Indian journal of veterinary science and animal husbandry - Volume 11,
Year: 1941
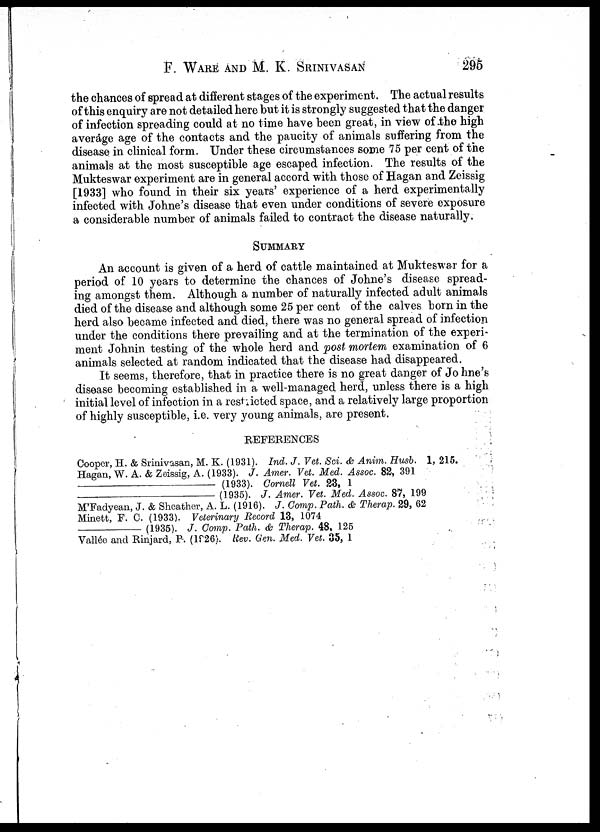
F. WARE AND M. K. SRINIVASAN 295
the chances of spread at different stages of the experiment. The actual results
of this enquiry are not detailed here but it is strongly suggested that the danger
of infection spreading could at no time have been great, in view of the high
average age of the contacts and the paucity of animals suffering from the
disease in clinical form. Under these circumstances some 75 per cent of the
animals at the most susceptible age escaped infection. The results of the
Mukteswar experiment are in general accord with those of Hagan and Zeissig
[1933] who found in their six years' experience of a herd experimentally
infected with Johne's disease that even under conditions of severe exposure
a considerable number of animals failed to contract the disease naturally.
SUMMARY
An account is given of a herd of cattle maintained at Mukteswar for a
period of 10 years to determine the chances of Johne's disease spread-
ing amongst them. Although a number of naturally infected adult animals
died of the disease and although some 25 per cent of the calves born in the
herd also became infected and died, there was no general spread of infection
under the conditions there prevailing and at the termination of the experi¬
ment Johnin testing of the whole herd and post mortem examination of 6
animals selected at random indicated that the disease had disappeared.
It seems, therefore, that in practice there is no great danger of Johne's
disease becoming established in a well-managed herd, unless there is a high
initial level of infection in a restricted space, and a relatively large proportion
of highly susceptible, i.e. very young animals, are present.
REFERENCES
Cooper, H. & Srinivasan, M. K. (1931). Ind. J. Vet. Sci. & Anim. Husb. 1, 215.
Hagan, W. A. & Zeissig, A. (1933). J. Amer. Vet. Med. Assoc. 82, 391
—(1933).
Cornell Vet. 23, 1
—(1935).
J. Amer. Vet. Med. Assoc. 87, 199
M'Fadyean, J. & Sheather, A. L. (1916). J. Comp. Path. & Therap. 29, 62
Minett, F. C. (1933). Veterinary Record 13, 1074
—(1935).
J. Comp. Path. & Therap. 48, 125
Vallée and Rinjard, P. (1926). Rev. Gen. Med. Vet. 35, 1